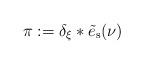
LaTeX: \begin{align*}\pi:= \delta_\xi * \tilde e_{\rm s}(\nu)\end{align*}